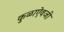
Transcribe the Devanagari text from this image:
कुळाऐवजी